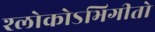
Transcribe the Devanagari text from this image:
श्लोकोऽभिगीतो